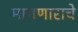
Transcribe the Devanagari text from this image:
मागणाराचे